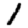
Digit: 1